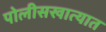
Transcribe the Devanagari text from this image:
पोलीसखात्यात